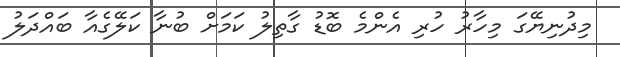
މިދުނިޔޭގަ މިހާރު ހުރި އެންމެ ބޮޑު ގާތިލު ކަމަށް ބުނާ ކަލޭގެއާ ބައްދަލު